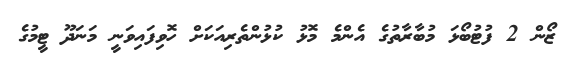
ޒޯން 2 ފުޓުބޯޅަ މުބާރާތުގެ އެންމެ މޮޅު ކުޅުންތެރިއަކަށް ހޮވިފައިވަނީ މަނަދޫ ޓީމުގެ